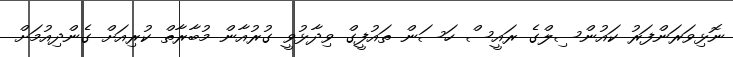
ނޮޅިވަރަންފަރު ކައުންސިލްގެ ރައީސް ހަސަން ތައުފީގް ވިދާޅުވީ ގުރުއާން މުބާރާތް ކުރިއަށް ގެންދިއުމަށް